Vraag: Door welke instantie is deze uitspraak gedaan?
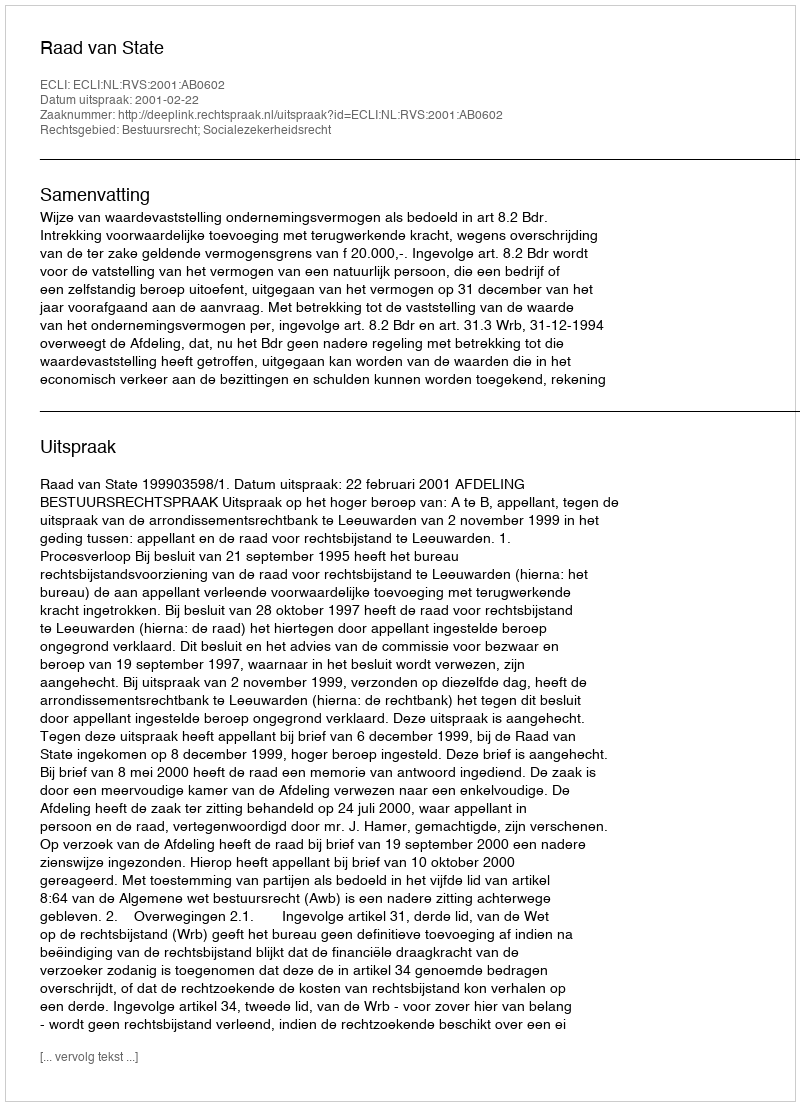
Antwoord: Raad van State